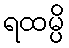
ရထမ္ပိ